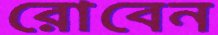
রোবেন